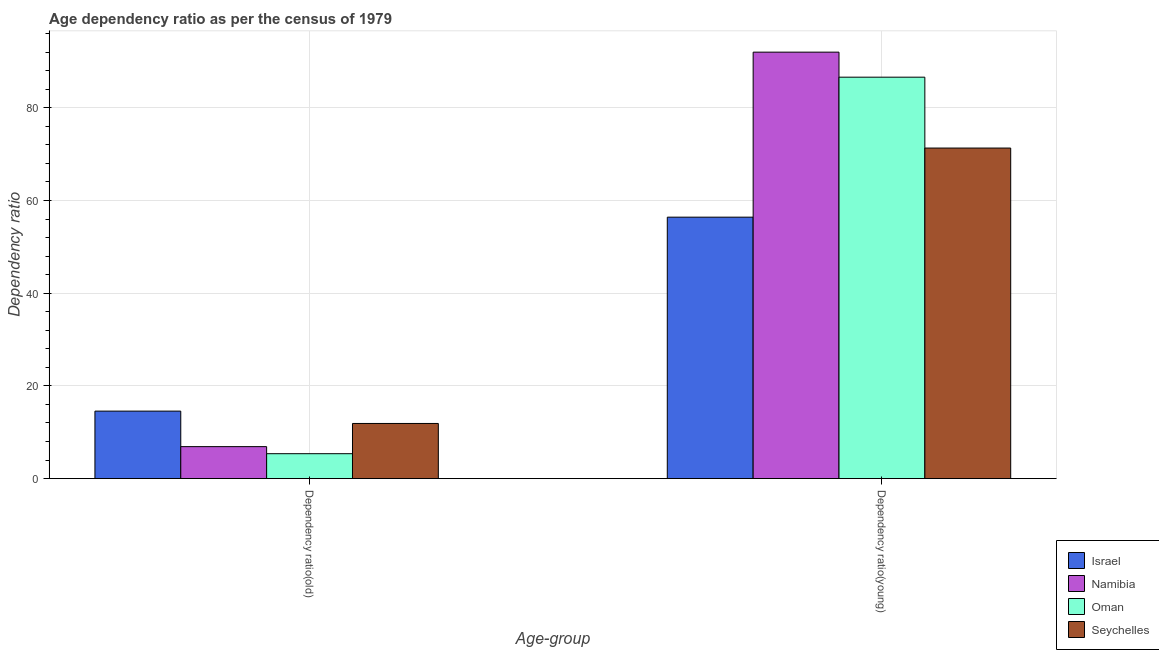
| Age-group | Israel | Namibia | Oman | Seychelles |
 | --- | --- | --- | --- | --- |
 | Dependency ratio(old) | 14.6 | 6.9 | 5.38 | 11.9 |
 | Dependency ratio(young) | 56.4 | 92 | 86.6 | 71.3 |